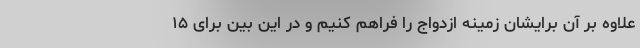
علاوه بر آن برایشان زمینه ازدواج را فراهم کنیم و در این بین برای ۱۵